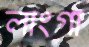
লাংগা